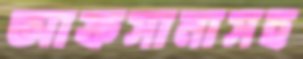
আফসানাসহ